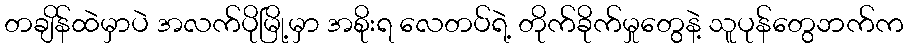
တချိန်ထဲမှာပဲ အလက်ပိုမြို့မှာ အစိုးရ လေတပ်ရဲ့ တိုက်ခိုက်မှုတွေနဲ့ သူပုန်တွေဘက်က